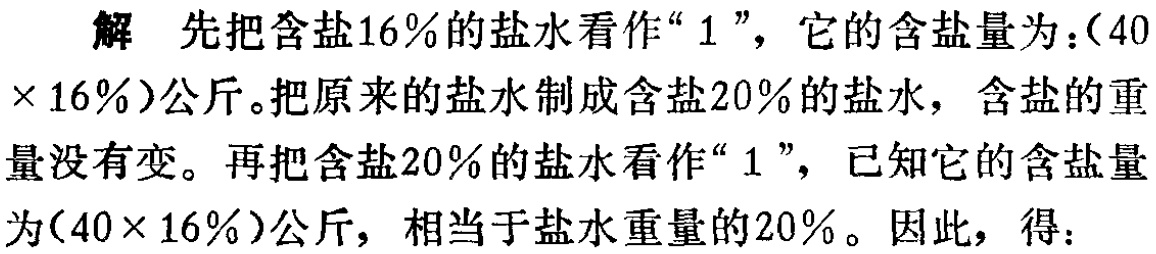
解 先把含盐\(16\%\)的盐水看作“\(1\)”，它的含盐量为：\((40\times 16\%)\)公斤。把原来的盐水制成含盐\(20\%\)的盐水，含盐的重量没有变。再把含盐\(20\%\)的盐水看作“\(1\)”，已知它的含盐量为\((40\times 16\%)\)公斤，相当于盐水重量的\(20\%\)。因此，得：